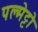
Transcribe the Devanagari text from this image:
पल्मेट्टो